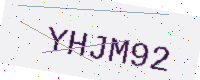
Text: YHJM92